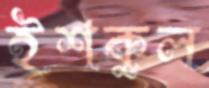
ইশকুল